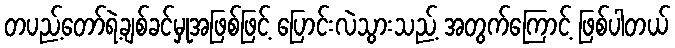
တပည့်တော်ရဲ့ချစ်ခင်မှုအဖြစ်ဖြင့် ပြောင်းလဲသွားသည့် အတွက်ကြောင့် ဖြစ်ပါတယ်